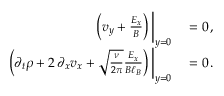
\begin{array} { r l } { \left( v _ { y } + \frac { E _ { x } } { B } \right) \bigg | _ { y = 0 } } & { { } = 0 \, , } \\ { \left( \partial _ { t } \rho + 2 \, \partial _ { x } v _ { x } + \sqrt { \frac { \nu } { 2 \pi } } \frac { E _ { x } } { B \ell _ { B } } \right) \bigg | _ { y = 0 } } & { { } = 0 \, . } \end{array}